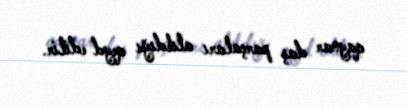
qaynar daş parçaları atıldığı qeyd edilir.